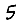
Digit: 5